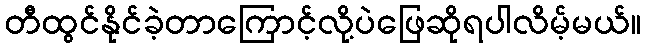
တီထွင်နိုင်ခဲ့တာကြောင့်လို့ပဲဖြေဆိုရပါလိမ့်မယ်။